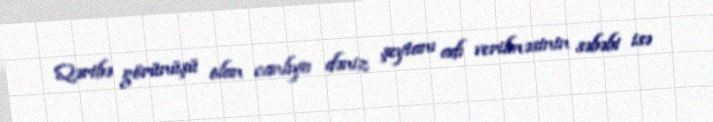
Qəribə görünüşü olan canlıya dəniz şeytanı adı verilməsinin səbəbi isə